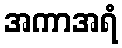
အကာအရံ